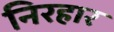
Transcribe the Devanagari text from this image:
निरहार